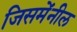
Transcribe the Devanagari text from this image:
जिसमेंनील